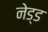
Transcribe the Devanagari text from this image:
नेड्ड